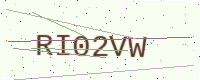
Text: RI02VW